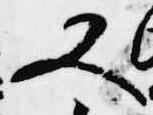
又